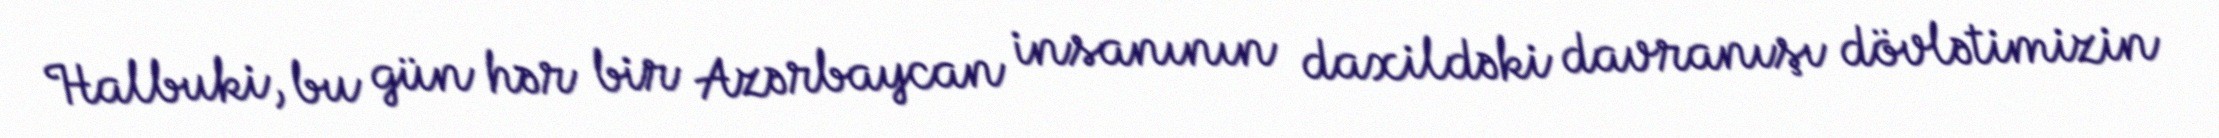
Halbuki, bu gün hər bir Azərbaycan insanının daxildəki davranışı dövlətimizin